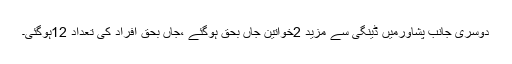
دوسری جانب پشاورمیں ڈینگی سے مزید 2خواتین جاں بحق ہوگئے ،جاں بحق افراد کی تعداد 12ہوگئی۔